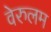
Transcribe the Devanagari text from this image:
वेरुलम